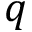
q